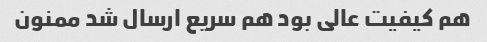
هم کیفیت عالی بود هم سریع ارسال شد ممنون